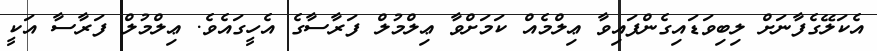
އެކަލޭގެފާނަށް ލިބިވަޑައިގެންފައިވާ ޢިލްމެއް ކަމަށްވާ ޢިލްމުލް ފަރާސާގެ އެހީގައެވެ. ޢިލްމުލް ފަރާސާ އަކީ